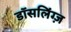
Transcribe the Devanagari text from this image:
डॉसलिंग्ज़